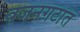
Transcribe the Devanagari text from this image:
वजनगटात